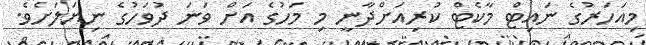
މިއަހަރުގެ ނައިޓް މާކެޓް ކުރިއަށްދާނީ މި މަހުގެ އަށް ވަނަ ދުވަހުގެ ނިޔަލަށެވެ.